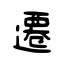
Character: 遷